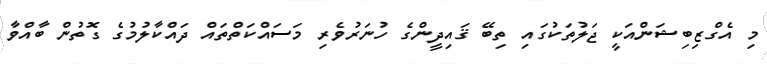
މި އެގްޒިބިޝަންއަކީ ޖަލުތަކުގައި ތިބޭ ޤައިދީންގެ ހުނަރުވެރި މަސައްކަތްތައް ދައްކާލުމުގެ ގޮތުން ބާއްވާ